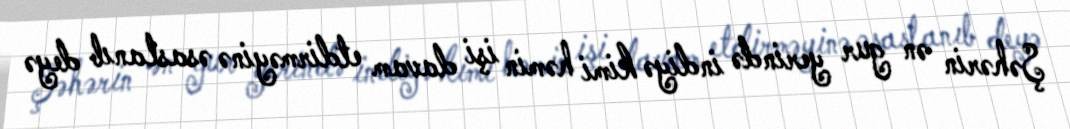
Şəhərin ən gur yerində indiyə kimi həmin işi davam etdirməyinə əsaslanıb deyə